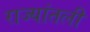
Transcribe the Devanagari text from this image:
राज्यांतली